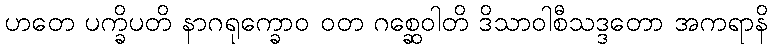
ဟတေ ပက္ခိပတိ နာဂရုက္ခောဝ ဝတ ဂစ္ဆေဝါတိ ဒိသာဝါစီသဒ္ဒတော အကရာနိ